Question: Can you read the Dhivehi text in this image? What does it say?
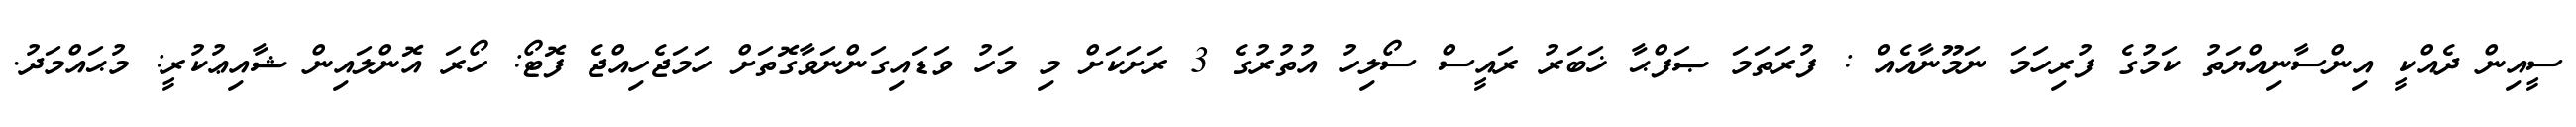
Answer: ސީއިން ދެއްކީ އިންސާނިއްޔަތު ކަމުގެ ފުރިހަމަ ނަމޫނާއެއް : ފުރަތަމަ ޞަފްޙާ ޚަބަރު ރައީސް ސޯލިހު އުތުރުގެ 3 ރަށަކަށް މި މަހު ވަޑައިގަންނަވާގޮތަށް ހަމަޖެހިއްޖެ ފޮޓޯ: ހޯރަ އޮންލައިން ޝާއިޢުކުރީ: މުޙައްމަދު.